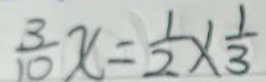
\frac { 3 } { 1 0 } x = \frac { 1 } { 2 } \times \frac { 1 } { 3 }